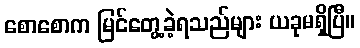
စောစောက မြင်တွေ့ခဲ့ရသည်များ ယခုမရှိပြီ။